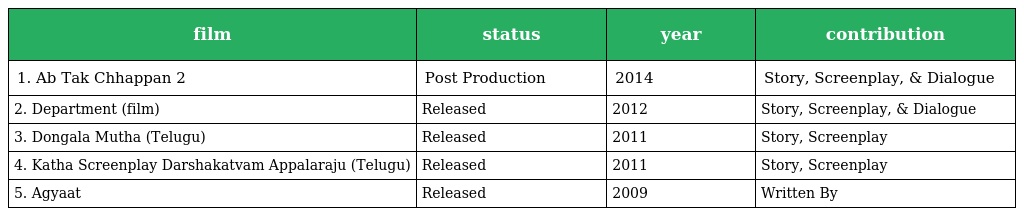
| film | status | year | contribution |
 | --- | --- | --- | --- |
 | 1. Ab Tak Chhappan 2 | Post Production | 2014 | Story, Screenplay, & Dialogue |
 | 2. Department (film) | Released | 2012 | Story, Screenplay, & Dialogue |
 | 3. Dongala Mutha (Telugu) | Released | 2011 | Story, Screenplay |
 | 4. Katha Screenplay Darshakatvam Appalaraju (Telugu) | Released | 2011 | Story, Screenplay |
 | 5. Agyaat | Released | 2009 | Written By |